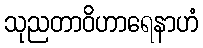
သုညတာဝိဟာရေနာဟံ